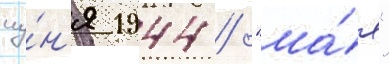
иу́н'я 1944 / "ма́я"